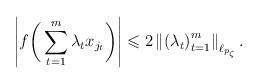
LaTeX: \begin{align*}\left|f\bigg(\sum_{t=1}^m\lambda_t x_{j_{t}}\bigg)\right| \leqslant 2\left\|\left(\lambda_t\right)_{t=1}^m\right\|_{\ell_{p_{\zeta}}}.\end{align*}